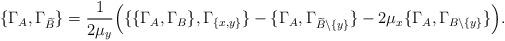
LaTeX: \begin{align*}\{\Gamma_{A}, \Gamma_{\widetilde{B}}\}=\frac{1}{2\mu_y}\Big(\{\{\Gamma_{A}, \Gamma_{B}\}, \Gamma_{\{x,y\}}\}-\{\Gamma_{A},\Gamma_{\widetilde{B}\setminus \{y\}}\}-2\mu_x \{\Gamma_{A}, \Gamma_{B\setminus \{y\}}\}\Big).\end{align*}